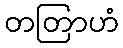
တတြာဟံ